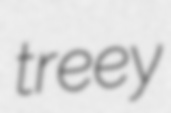
treey